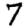
Digit: 7